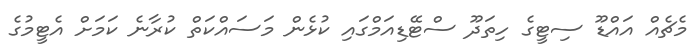
މެޗެއް އައްޑޫ ސިޓީގެ ހިތަދޫ ސްޓޭޑިއަމްގައި ކުޅެން މަސައްކަތް ކުރާނެ ކަމަށް އެޓީމުގެ